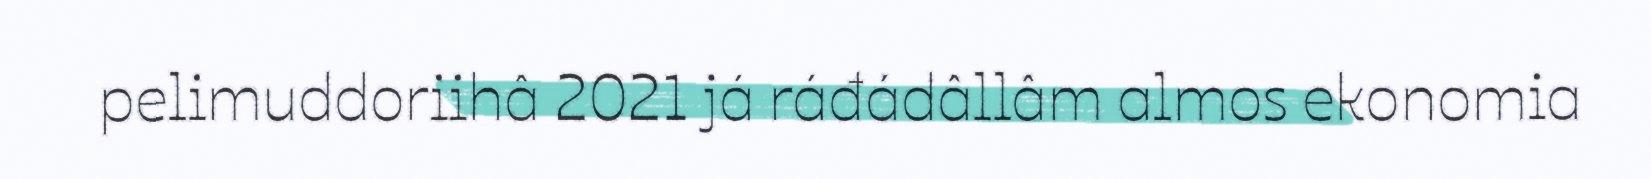
pelimuddoriihâ 2021 já ráđádâllâm almos ekonomia